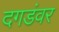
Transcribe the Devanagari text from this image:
दगडंवर